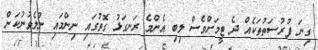
ގިނަ ފުރުސަތުތަކެއް ދެ ޓީމަށްވެސް ލިބި އެންމެ ރަނގަޅު ގޮތުގައި ނިންމައި ނުލެވުނުކަން